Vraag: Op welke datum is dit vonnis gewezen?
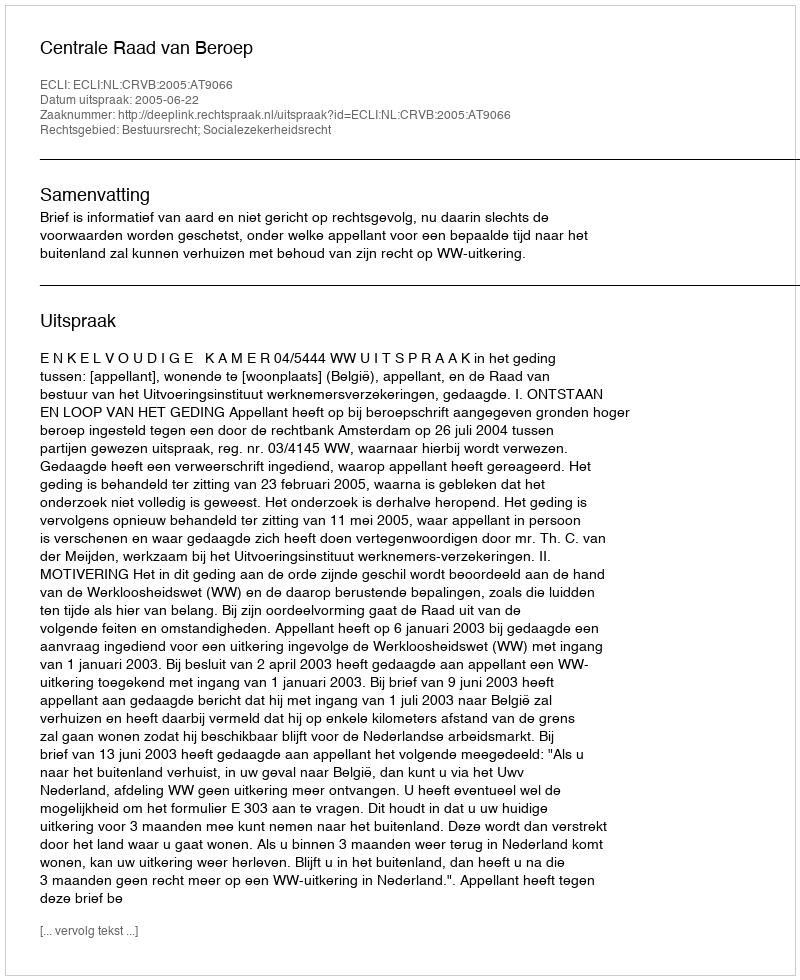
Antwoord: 2005-06-22